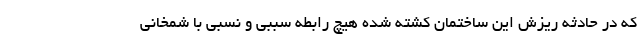
که در حادثه ریزش این ساختمان کشته شده هیچ رابطه سببی و نسبی با شمخانی